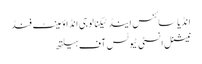
انڈیا سائنس اینڈ ٹیکنالوجی اِنڈاؤمینٹ فنڈ
نیشنل انسٹی ٹیوٹس آف ہیلتھ